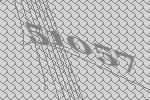
51057